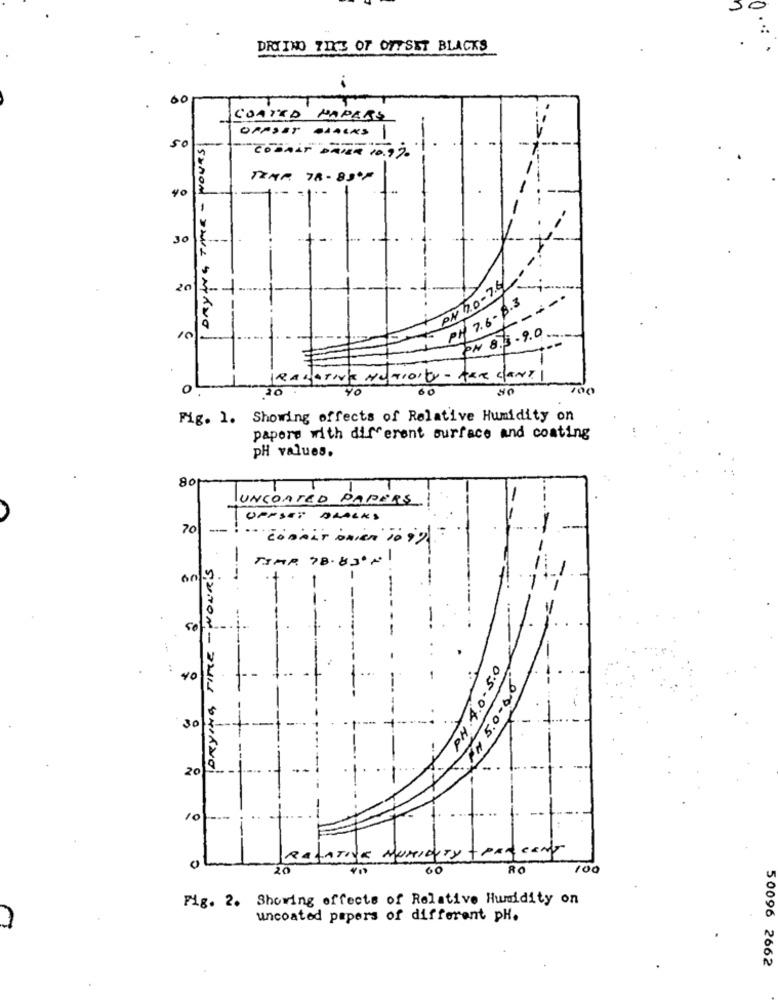
DRYTHO TIKT OF OFFSET BLACKS
60
COATED HAPARS
OFFSET BLACKS
SO
COBALT DATER 10.9%.
MAR TR-83ºF
40
30
PN 7.0-7.4
20
PH 7.6- 8.3
----
SIMON - SEUL SARANO
PN 8.3.9.0
10
O
20
40
00
Fig. 1. Showing effects of Relative Humidity on
papers with different surface and coating
PH values.
80
T
UNCOATED PAPERS
OPPSER DRACKS
70
-
conAir onien To 9%
-
MIAR 78.820+
5,2.rom-
PH. 4.0 . 5.0
. 4
40
PH 5.0.00
---.
30
20
10
RELATIVE MURIDUTY -PROCENT
20
60
RO
100
Fig. 2. Showing effects of Relative Humidity on
uncoated papers of different pH.
50096 2662